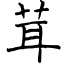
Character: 茸